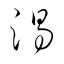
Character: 渇